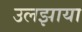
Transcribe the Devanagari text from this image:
उलझाया